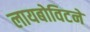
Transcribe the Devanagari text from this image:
लायबोविटने